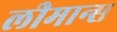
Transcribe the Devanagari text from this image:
लीमान्स